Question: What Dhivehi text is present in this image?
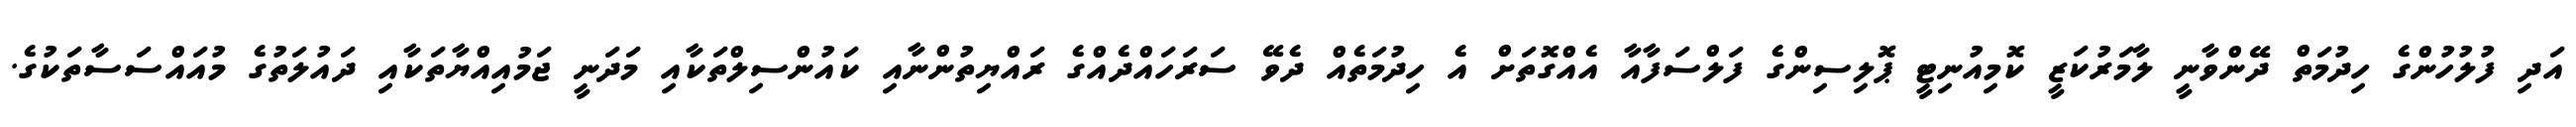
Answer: އަދި ފުލުހުންގެ ހިދުމަތް ދޭންވާނީ ލާމަރުކަޒީ ކޮމިއުނިޓީ ޕޮލިސިންގެ ފަލްސަފާއާ އެއްގޮތަށް އެ ހިދުމަތެއް ދެވޭ ސަރަހައްދެއްގެ ރައްޔިތުންނާއި ކައުންސިލްތަކާއި މަދަނީ ޖަމުއިއްޔާތަކާއި ދައުލަތުގެ މުއައްސަސާތަކުގެ.